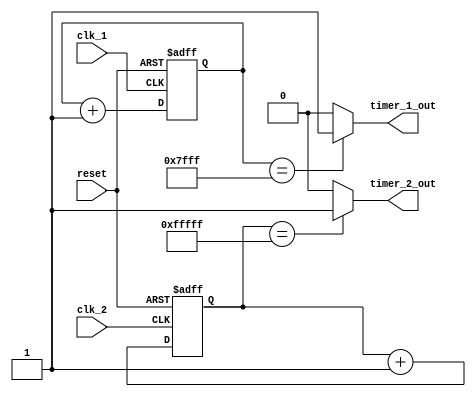
module Multirate_timer (
    input wire clk_1, // input clock signal for timer block 1
    input wire clk_2, // input clock signal for timer block 2
    input wire reset, // asynchronous reset signal
    output wire timer_1_out, // output signal from timer block 1
    output wire timer_2_out // output signal from timer block 2
);

reg [15:0] count_1;
reg [23:0] count_2;

always @(posedge clk_1 or posedge reset) begin
    if (reset) begin
        count_1 <= 16'h0000;
    end else begin
        count_1 <= count_1 + 1;
    end
end

always @(posedge clk_2 or posedge reset) begin
    if (reset) begin
        count_2 <= 24'h000000;
    end else begin
        count_2 <= count_2 + 1;
    end
end

assign timer_1_out = (count_1 == 16'h7FFF) ? 1'b1 : 1'b0; // generate output pulse every 32768 clock cycles for timer block 1
assign timer_2_out = (count_2 == 24'hFFFFF) ? 1'b1 : 1'b0; // generate output pulse every 1048576 clock cycles for timer block 2

endmodule